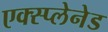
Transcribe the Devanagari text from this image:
एक्स्प्लेनेड